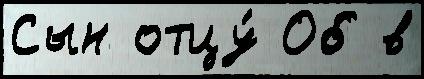
Сын отцу́ Об в